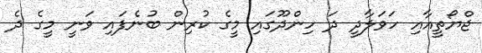
ޖްޔޯތީއާއި ހަވަލާދީ ދަ ހިންދޫގައި މީގެ ކުރިން ބުނެފައި ވަނީ މީގެ ދެ